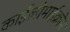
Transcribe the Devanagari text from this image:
काईलोमाईक्रोन